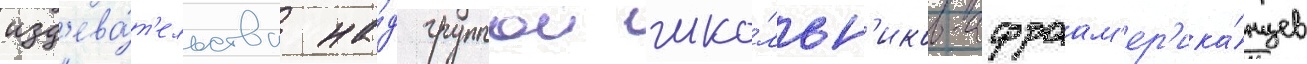
изд'ева́т'ельства на́д группои шко́льн'иков-афроам'ер'ика́нцев